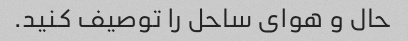
حال و هوای ساحل را توصیف کنید.